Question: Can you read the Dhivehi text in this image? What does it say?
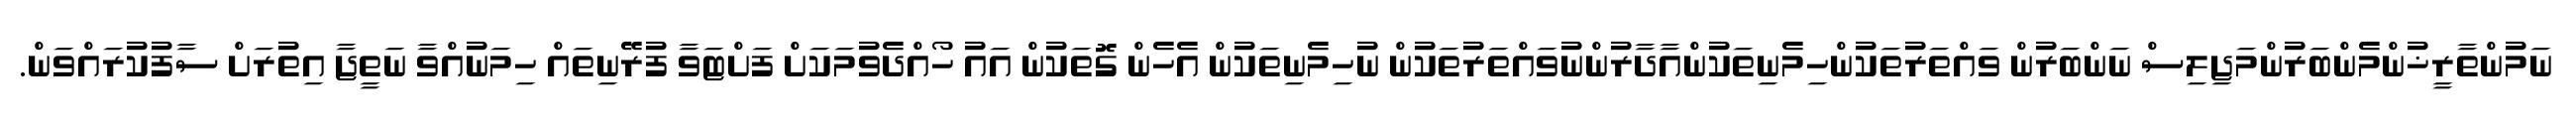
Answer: ނަމުންތާރީޚުންމެންބަރުންމަޖިލިސް ނަންބަރުން ވައްތަރުތަކުންހިމެނިތަކުންއާދާރުންނުވައްތަރުތަކުން ނުހިމެނިތަކުން އެހެން ގޮތަކުން އައު ހޯއްދެވުމަކަށް ފަށްޓަވާ ފުރޭނިތައް ހިމަނުއްވާ ނަތީޖާ އިތުރަށް ސާފުކުރައްވަން.